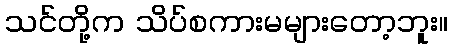
သင်တို့က သိပ်စကားမများတော့ဘူး။